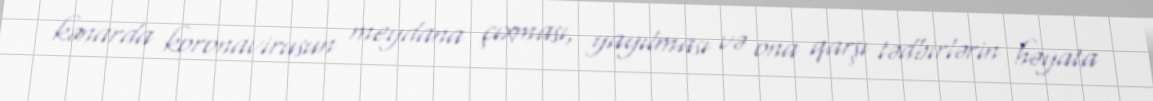
kənarda koronavirusun meydana çıxması, yayılması və ona qarşı tədbirlərin həyata